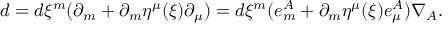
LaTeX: d = d \xi ^ { m } ( \partial _ { m } + \partial _ { m } \eta ^ { \mu } ( \xi ) \partial _ { \mu } ) = d \xi ^ { m } ( e _ { m } ^ { A } + \partial _ { m } \eta ^ { \mu } ( \xi ) e _ { \mu } ^ { A } ) \nabla _ { A } .